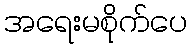
အရေးမစိုက်ပေ